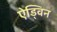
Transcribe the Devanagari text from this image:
ऐड्विन